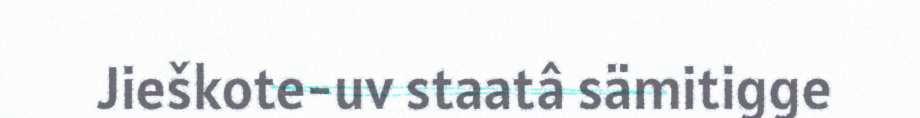
Jieškote-uv staatâ sämitigge